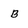
Character: b